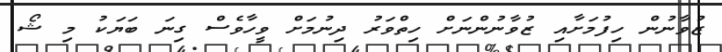
ޒުވާނުން ހިފުމަށާއި ޒުވާނުންނަށް ހިތްވަރު ދިނުމަށް ވީހާވެސް ގިނަ ބަޔަކު މި ޝޯ